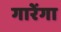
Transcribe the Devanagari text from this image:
गारेंगा